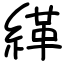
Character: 緙